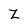
Character: Z